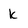
Character: k